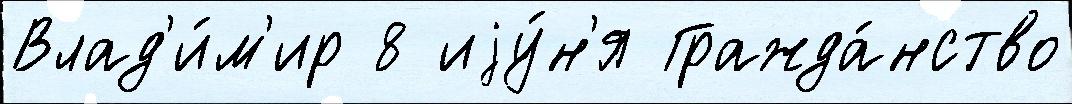
Влад'и́м'ир 8 иjу́н'я Гражда́нство